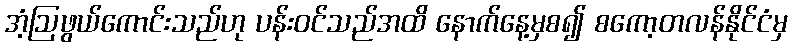
အံ့ဩဖွယ်ကောင်းသည်ဟု ပန်းဝင်သည်အထိ နောက်နေ့မှစ၍ စကော့တလန်နိုင်ငံမှ